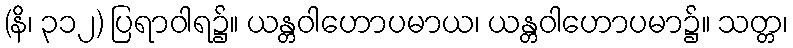
(နိ၊ ၃၁၂) ပြရာဝါရ၌။ ယန္တဝါဟောပမာယ၊ ယန္တဝါဟောပမာ၌။ သတ္တ၊